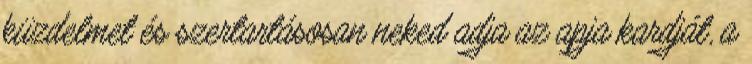
küzdelmet és szertartásosan neked adja az apja kardját, a